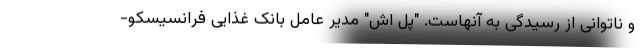
و ناتوانی از رسیدگی به آنهاست. "پل اش" مدیر عامل بانک غذایی فرانسیسکو-